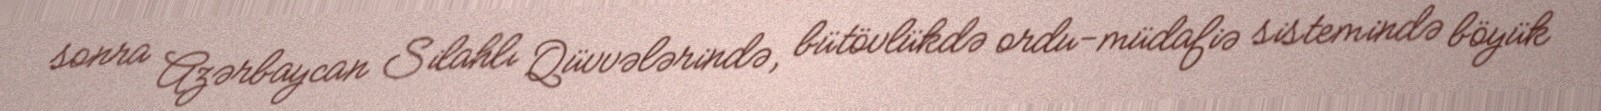
sonra Azərbaycan Silahlı Qüvvələrində, bütövlükdə ordu-müdafiə sistemində böyük